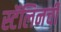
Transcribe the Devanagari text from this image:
स्टॅलिनची